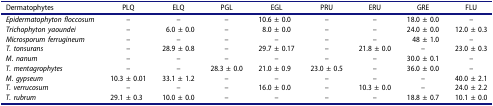
<table><thead><tr><td><b>Dermatophytes</b></td><td><b>PLQ</b></td><td><b>ELQ</b></td><td><b>PGL</b></td><td><b>EGL</b></td><td><b>PRU</b></td><td><b>ERU</b></td><td><b>GRE</b></td><td><b>FLU</b></td></tr></thead><tbody><tr><td><i>Epidermatophyton floccosum</i></td><td>–</td><td>–</td><td>–</td><td>10.6 ± 0.0</td><td>–</td><td>–</td><td>18.0 ± 0.0</td><td>–</td></tr><tr><td><i>Trichophyton yaoundei</i></td><td>–</td><td>6.0 ± 0.0</td><td>–</td><td>8.0 ± 0.0</td><td>–</td><td>–</td><td>24.0 ± 0.0</td><td>12.0 ± 0.3</td></tr><tr><td><i>Microsporum ferrugineum</i></td><td>–</td><td>–</td><td>–</td><td>–</td><td>–</td><td>–</td><td>48 ± 1.0</td><td>–</td></tr><tr><td><i>T. tonsurans</i></td><td>–</td><td>28.9 ± 0.8</td><td>–</td><td>29.7 ± 0.17</td><td>–</td><td>21.8 ± 0.0</td><td>–</td><td>23.0 ± 0.3</td></tr><tr><td><i>M. nanum</i></td><td>–</td><td>–</td><td>–</td><td>–</td><td>–</td><td>–</td><td>30.0 ± 0.1</td><td>–</td></tr><tr><td><i>T. mentagrophytes</i></td><td>–</td><td>–</td><td>28.3 ± 0.0</td><td>21.0 ± 0.9</td><td>23.0 ± 0.5</td><td>–</td><td>36.0 ± 0.0</td><td>–</td></tr><tr><td><i>M. gypseum</i></td><td>10.3 ± 0.01</td><td>33.1 ± 1.2</td><td>–</td><td>–</td><td>–</td><td>–</td><td>–</td><td>40.0 ± 2.1</td></tr><tr><td><i>T. verrucosum</i></td><td>–</td><td>–</td><td>–</td><td>16.0 ± 0.0</td><td>–</td><td>10.3 ± 0.0</td><td>–</td><td>24.0 ± 2.2</td></tr><tr><td><i>T. rubrum</i></td><td>29.1 ± 0.3</td><td>10.0 ± 0.0</td><td>–</td><td>–</td><td>–</td><td>–</td><td>18.8 ± 0.7</td><td>10.1 ± 0.0</td></tr></tbody></table>